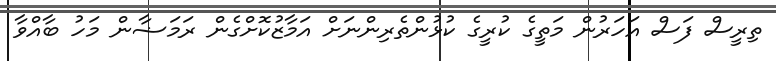
ތިރީސް ފަސް އަހަރުން މަތީގެ ކުރީގެ ކުޅުންތެރިންނަށް އަމާޒުކޮށްގެން ރަމަޟާން މަހު ބާއްވާ